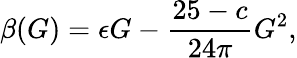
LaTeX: \beta(G)=\epsilon G-\frac{25-c}{24\pi}G^{2},